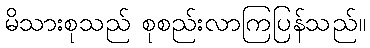
မိသားစုသည် စုစည်းလာကြပြန်သည်။